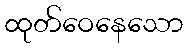
ထုတ်ဝေနေသော